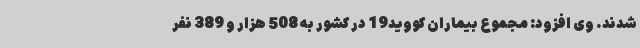
شدند. وی افزود: مجموع بیماران کووید19 در کشور به 508 هزار و 389 نفر